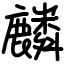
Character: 麟